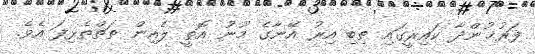
ފަރުޚުންދާ ކައިރީގައި ތިބި އިރު އޭނާގެ މޫނު އޮތީ ލެއިން ތަތްތެޅިފަ އެވެ.